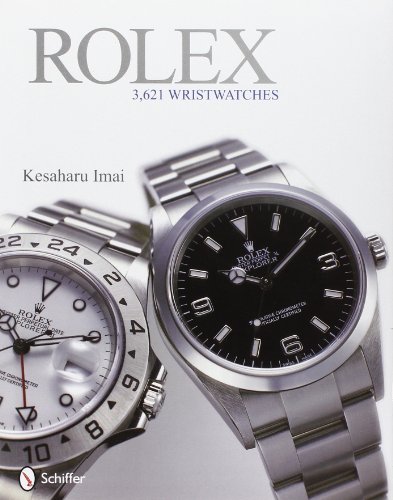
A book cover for Rolex: 3,621 Wristwatches; Kesaharu Imai; Crafts, Hobbies & Home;